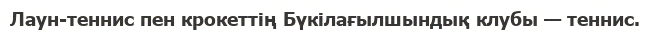
Лаун-теннис пен крокеттің Бүкілағылшындық клубы — теннис.